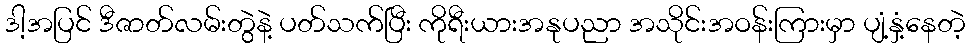
ဒါ့အပြင် ဒီဇာတ်လမ်းတွဲနဲ့ ပတ်သက်ပြီး ကိုရီးယားအနုပညာ အသိုင်းအဝန်းကြားမှာ ပျံ့နှံ့နေတဲ့